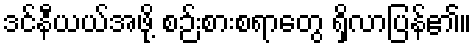
ဒင်နီယယ်အဖို့ စဉ်းစားစရာတွေ ရှိလာပြန်၏။